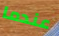
عندما